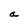
Character: a